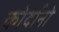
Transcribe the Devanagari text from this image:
कोर्दानो